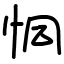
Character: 恫